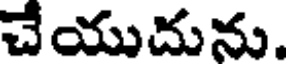
చేయుదును.